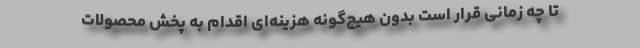
تا چه زمانی قرار است بدون هیچ‌گونه هزینه‌ای اقدام به پخش محصولات